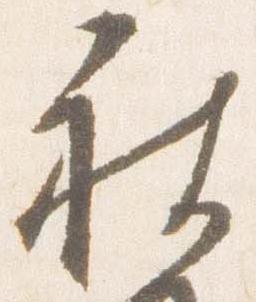
被